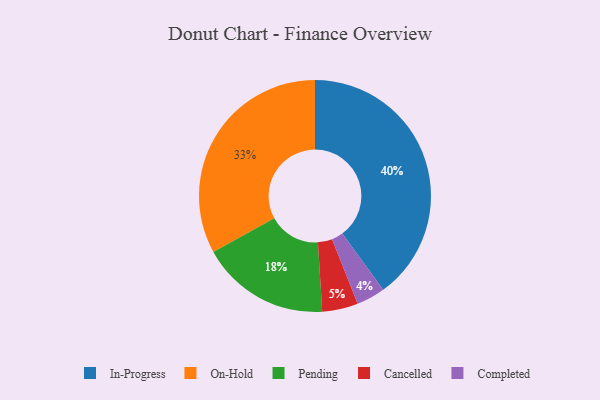
{"axis": {"x": "Category", "y": "Percentage"}, "legend": ["Cancelled", "Completed", "In-Progress", "On-Hold", "Pending"], "data": [{"x": "On-Hold", "y": 33, "type": "On-Hold"}, {"x": "In-Progress", "y": 40, "type": "In-Progress"}, {"x": "Pending", "y": 18, "type": "Pending"}, {"x": "Cancelled", "y": 5, "type": "Cancelled"}, {"x": "Completed", "y": 4, "type": "Completed"}]}